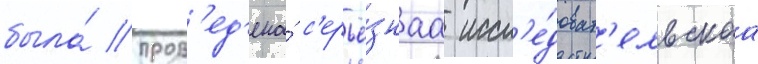
была́ пров'ед'ена́ с'ерьё́знаа иссл'е́доват'ельскаа